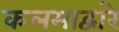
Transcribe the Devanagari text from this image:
कलमाद्वारे